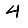
Digit: 4